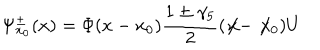
\Psi _ { x _ { 0 } } ^ { \pm } ( x ) = \Phi ( x - x _ { 0 } ) \frac { 1 \pm \gamma _ { 5 } } { 2 } ( \not \! x - \not \! x _ { 0 } ) U